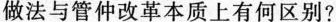
做法与管仲改革本质上有何区别?